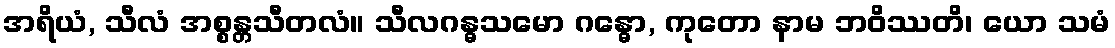
အရိယံ, သီလံ အစ္စန္တသီတလံ။ သီလဂန္ဓသမော ဂန္ဓော, ကုတော နာမ ဘဝိဿတိ၊ ယော သမံ